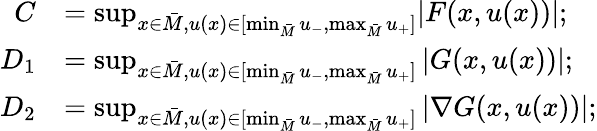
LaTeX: \begin{array}{rl}{C}&{=\operatorname*{sup}_{x\in\bar{M},u(x)\in[\operatorname*{min}_{\bar{M}}u_{-},\operatorname*{max}_{\bar{M}}u_{+}]}\lvert F(x,u(x))\rvert;}\\ {D_{1}}&{=\operatorname*{sup}_{x\in\bar{M},u(x)\in[\operatorname*{min}_{\bar{M}}u_{-},\operatorname*{max}_{\bar{M}}u_{+}]}\left\lvert G(x,u(x))\right\rvert;}\\ {D_{2}}&{=\operatorname*{sup}_{x\in\bar{M},u(x)\in[\operatorname*{min}_{\bar{M}}u_{-},\operatorname*{max}_{\bar{M}}u_{+}]}\left\lvert\nabla G(x,u(x))\right\rvert;}\end{array}